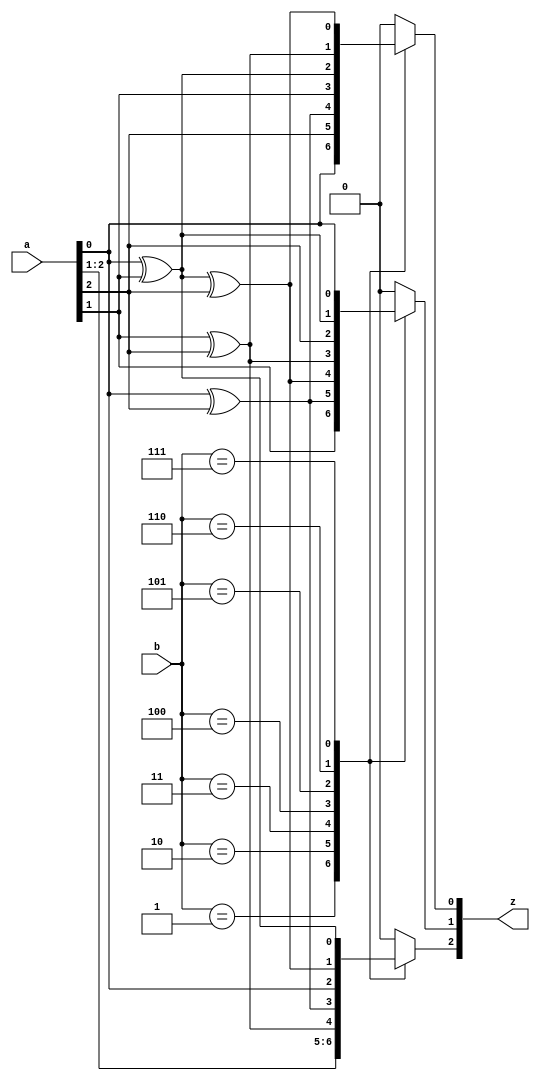
`timescale 1ns/100ps
module gf8mul_dec(
    input       [2:0] a,
    input       [2:0] b,
    output  reg [2:0] z
);
always @(*)
begin
    case (b)
        3'd1:
            begin
                z[0] = a[0];
                z[1] = a[1];
                z[2] = a[2];
            end
        3'd2:
            begin
                z[0] = a[2];
                z[1] = a[0] ^ a[2];
                z[2] = a[1];
            end
        3'd3:
            begin
                z[0] = a[0] ^ a[2];
                z[1] = a[0] ^ a[1] ^ a[2];
                z[2] = a[1] ^ a[2];
            end
        3'd4:
            begin
                z[0] = a[1];
                z[1] = a[1] ^ a[2];
                z[2] = a[0] ^ a[2];
            end
        3'd5:
            begin
                z[0] = a[0] ^ a[1];
                z[1] = a[2];
                z[2] = a[0];
            end
        3'd6:
            begin
                z[0] = a[1] ^ a[2];
                z[1] = a[0] ^ a[1];
                z[2] = a[0] ^ a[1] ^ a[2];
            end
        3'd7:
            begin
                z[0] = a[0] ^ a[1] ^ a[2];
                z[1] = a[0];
                z[2] = a[0] ^ a[1];
            end
        default:
            begin
                z[0] = 0; 
                z[1] = 0; 
                z[2] = 0; 
            end
    endcase
end
endmodule